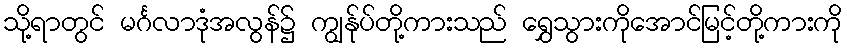
သို့ရာတွင် မင်္ဂလာဒုံအလွန်၌ ကျွန်ုပ်တို့ကားသည် ရွှေသွားကိုအောင်မြင့်တို့ကားကို